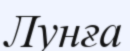
Лунға